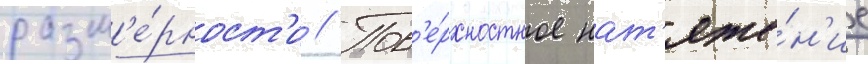
разм'е́рност'и // Пов'е́рхностное нат'яже́н'ие